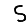
Digit: 5